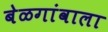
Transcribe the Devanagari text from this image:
बेळगांवाला